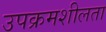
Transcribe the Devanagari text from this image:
उपक्रमशीलता